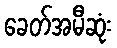
ခေတ်အမီဆုံး